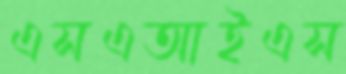
এসএআইএস